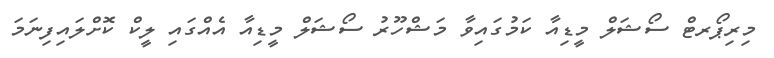
މިރިޕޯރޓް ސޯޝަލް މީޑިއާ ކަމުގައިވާ މަޝްހޫރު ސޯޝަލް މީޑިއާ އެއްގައި ލީކް ކޮށްލައިފިނަމަ